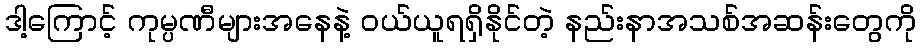
ဒါ့ကြောင့် ကုမ္ပဏီများအနေနဲ့ ဝယ်ယူရရှိနိုင်တဲ့ နည်းနာအသစ်အဆန်းတွေကို